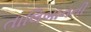
તાલિબાનની